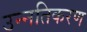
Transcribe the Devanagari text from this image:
उन्नतिकरण